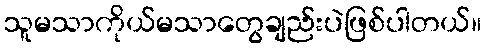
သူမသာကိုယ်မသာတွေချည်းပဲဖြစ်ပါတယ်။